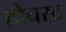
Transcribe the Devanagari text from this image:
होचस्ट